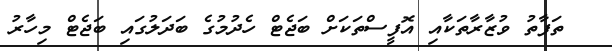
ތަފާތު ވުޒާރާތަކާއި އޮފީސްތަކަށް ބަޖެޓް ހެދުމުގެ ބަދަލުގައި ބަޖެޓް މިހާރު